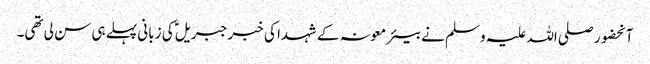
آنحضور صلی اللہ علیہ وسلم نے بیئر معونہ کے شہدا کی خبر جبریلؑ کی زبانی پہلے ہی سن لی تھی۔